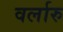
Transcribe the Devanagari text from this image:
वर्लारु